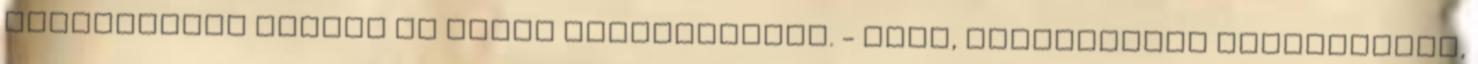
megszólalok rejtve az orosz akcentusomat. - Uram, szolgálatra jelentkezem,